Plague in India, 1896, 1897 - Volume 2
Year: 1896
Disease focus: Plague
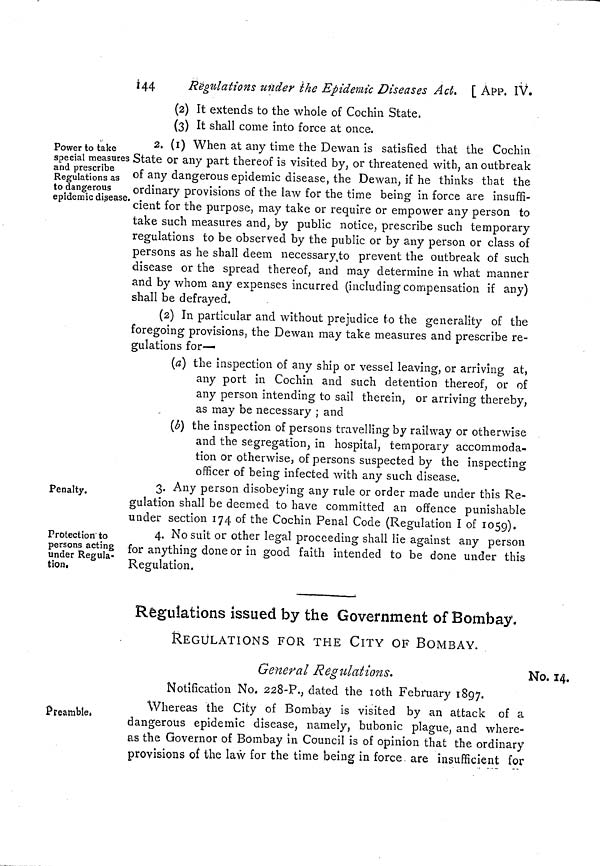
144
Regulations under the Epidemic Diseases Act. [ APP. IV.
(2) It extends to the whole of Cochin State.
(3) It shall come into force at once.
Power to take
special measures
and prescribe
Regulations as
to dangerous
epidemic disease.
2. (i) When at any time the Dewan is satisfied that the Cochin
State or any part thereof is visited by, or threatened with, an outbreak
of any dangerous epidemic disease, the Dewan, if he thinks that the
ordinary provisions of the law for the time being in force are insuffi-
cient for the purpose, may take or require or empower any person to
take such measures and, by public notice, prescribe such temporary
regulations to be observed by the public or by any person or class of
persons as he shall deem necessary to prevent the outbreak of such
disease or the spread thereof, and may determine in what manner
and by whom any expenses incurred (including compensation if any)
shall be defrayed.
(2) In particular and without prejudice to the generality of the
foregoing provisions, the Dewan may take measures and prescribe re-
gulations for—
(a) the inspection of any ship or vessel leaving, or arriving at,
any port in Cochin and such detention thereof, or of
any person intending to sail therein, or arriving thereby,
as may be necessary ; and
(b) the inspection of persons travelling by railway or otherwise
and the segregation, in hospital, temporary accommoda-
tion or otherwise, of persons suspected by the inspecting
officer of being infected with anv such disease.
Penalty.
3. Any person disobeying any rule or order made under this Re-
gulation shall be deemed to have committed an offence punishable
under section 174 of the Cochin Penal Code (Regulation I of 1859).
Protection" to
persons acting
under Regula-
tion.
4. No suit or other legal proceeding shall lie against any person
for anything done or in good faith intended to be done under this
Regulation.
Regulations issued by the Government of Bombay.
REGULATIONS FOR THE CITY OF BOMBAY.
General Regulations.
Notification No. 228-P., dated the loth February 1897.
No. 14.
Preamble,
Whereas the City of Bombay is visited by an attack of a
dangerous epidemic disease, namely, bubonic plague, and where-
as the Governor of Bombay m Council is of opinion that the ordinary
provisions oí the law for the time being in force are insufficient for